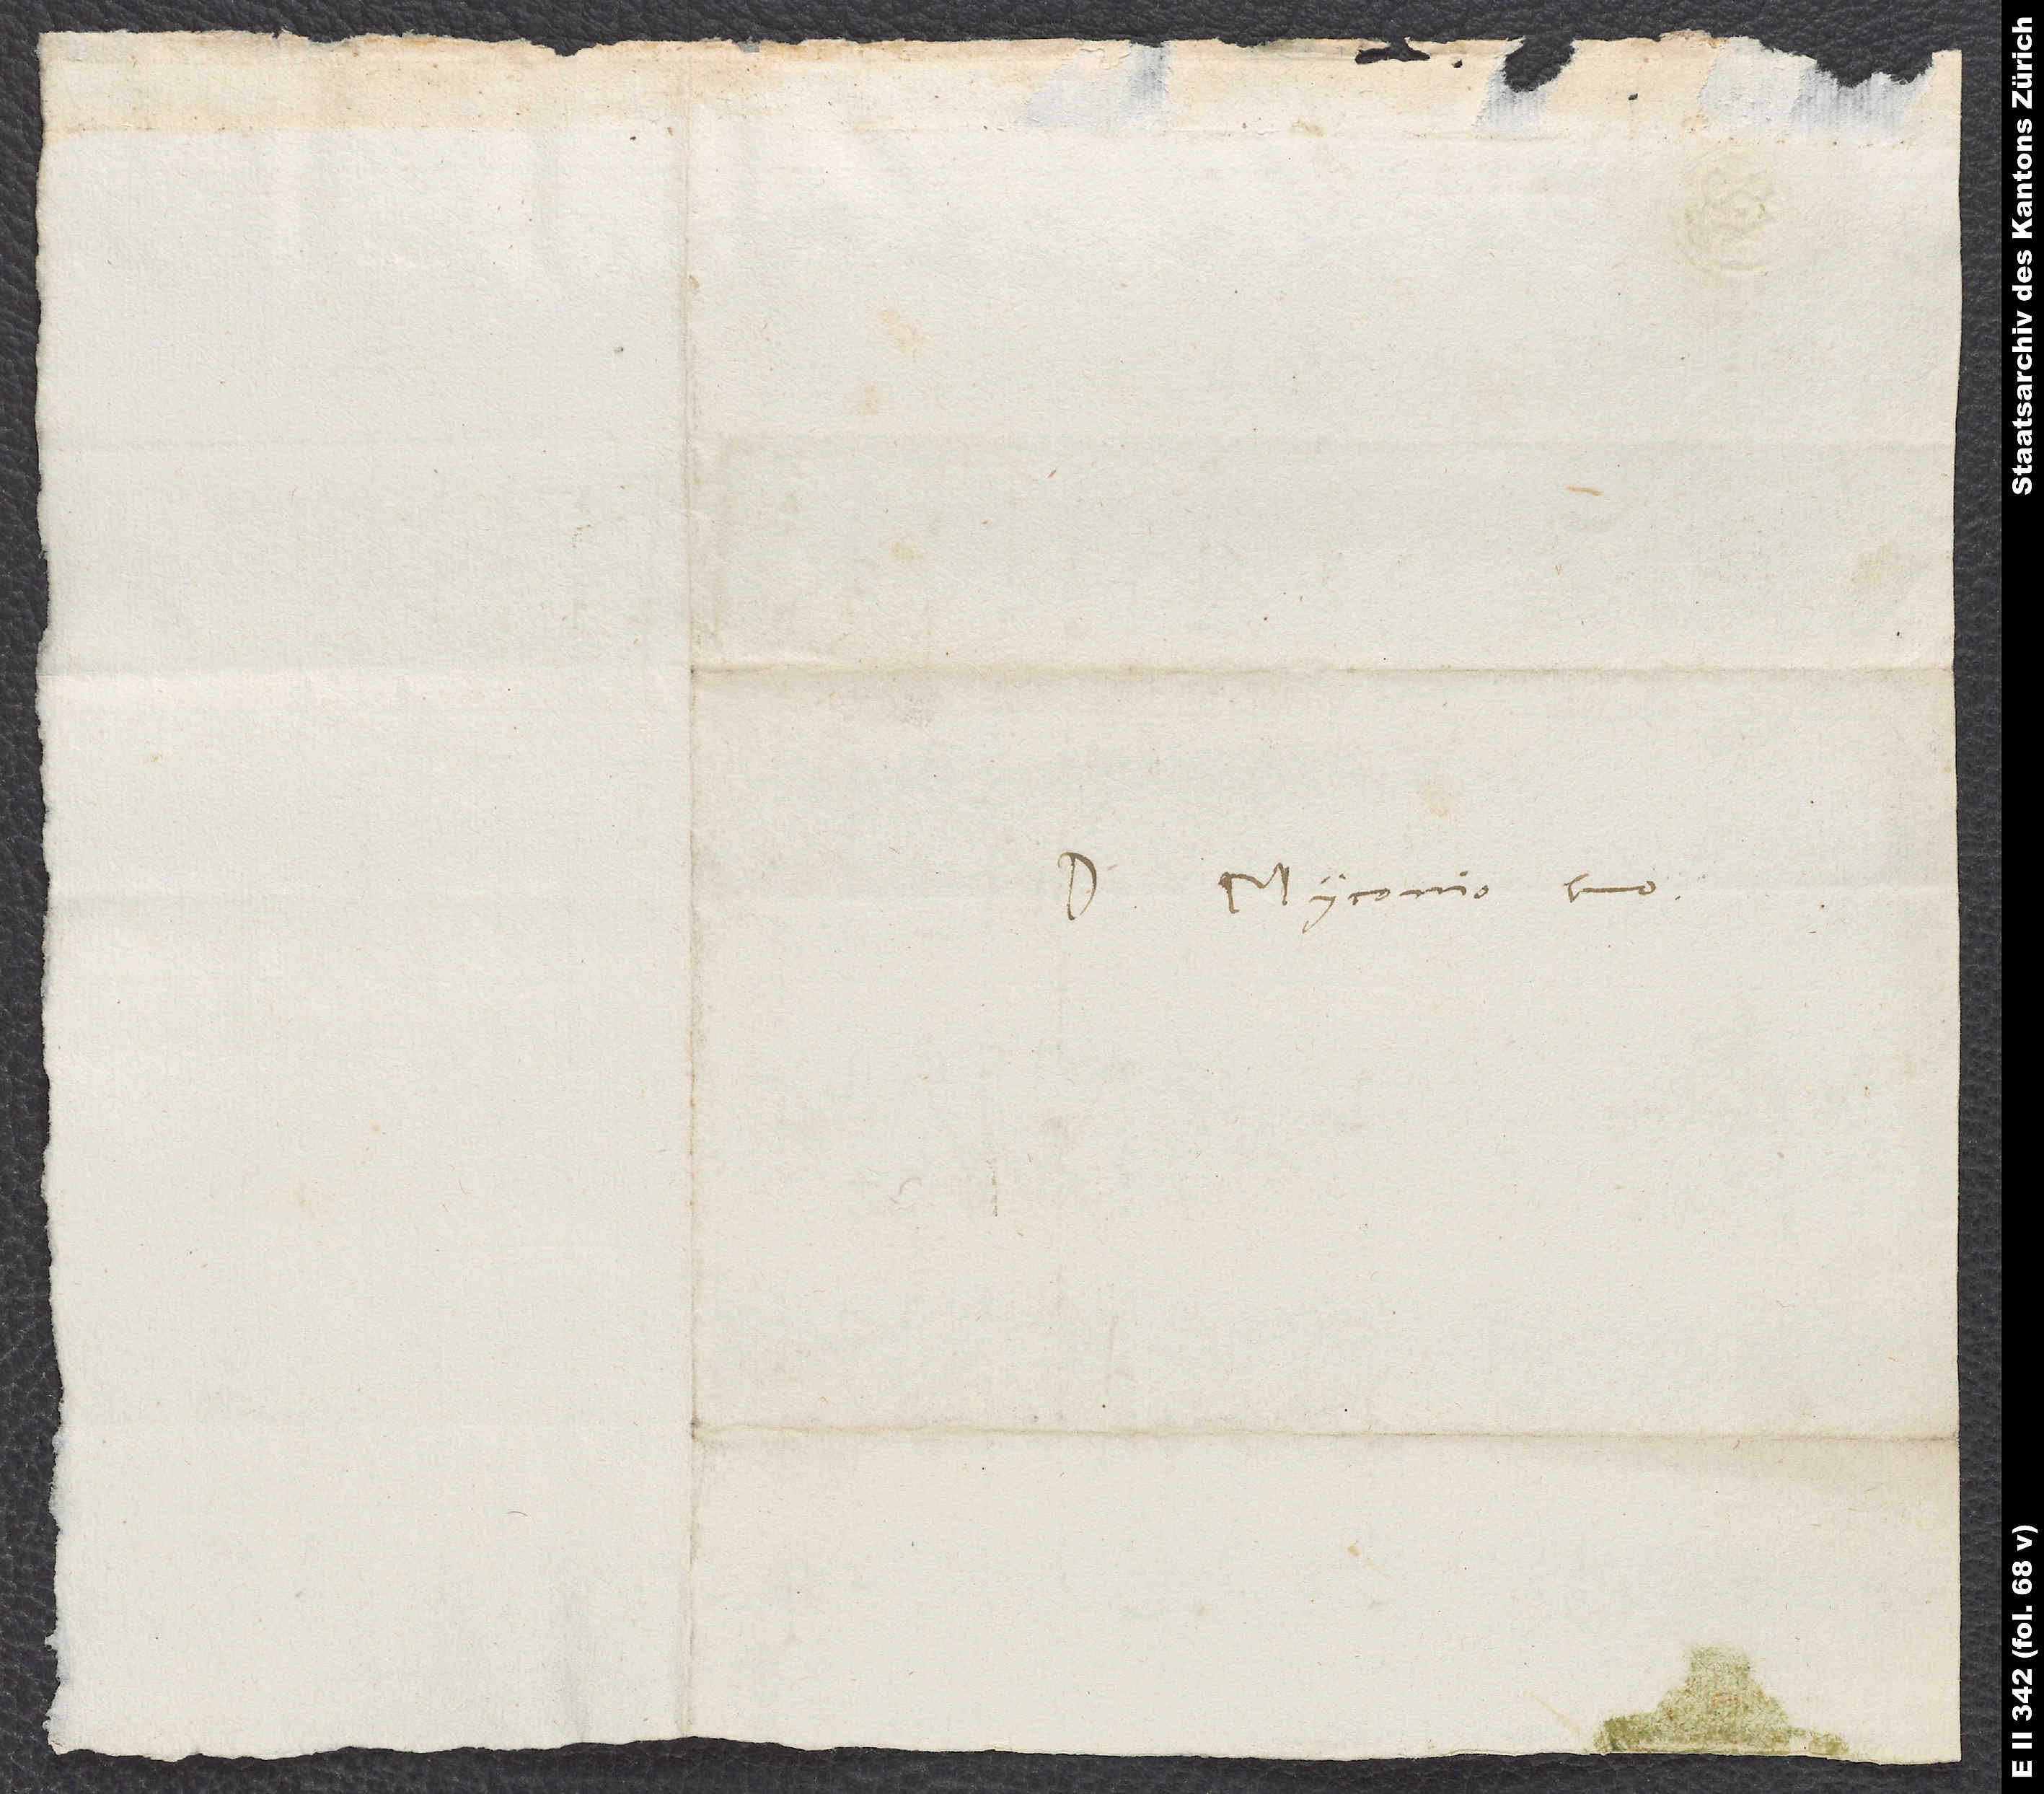
Domino Myconio suo.